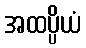
အထပ္ပိယံ